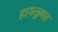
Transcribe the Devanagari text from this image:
हायतुल्लाह